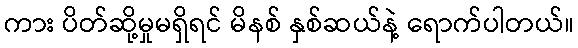
ကား ပိတ်ဆို့မှုမရှိရင် မိနစ် နှစ်ဆယ်နဲ့ ရောက်ပါတယ်။